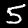
Label: 5